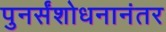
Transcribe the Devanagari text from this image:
पुनर्संशोधनानंतर